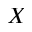
X